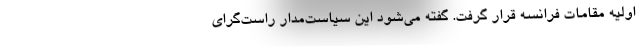
اولیه مقامات فرانسه قرار گرفت. گفته می‌شود این سیاست‌مدار راست‌گرای